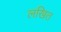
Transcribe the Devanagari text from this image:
लखित